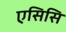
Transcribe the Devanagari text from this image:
एसिसि